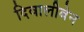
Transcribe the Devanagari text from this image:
दिवालीबेन